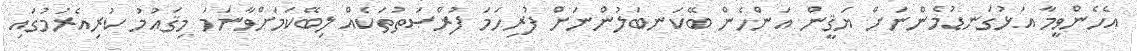
އެހެންވީމާ އަޅުގަނޑުމެންނަށް ޔަޤީން އަންހެން ބޭކަނބަލުންނަށް ފުރިހަމަ ފުރްޞަތުތަކެއް ލިބޭކަމަށްވާނަމަ މިޤައުމު ކުރިއެރުމުގައި